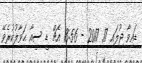
ޑައިވާ ޖުލައި 17